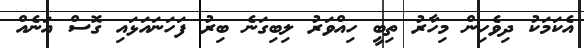
އެކަމަކު ދިވެހިން މިހާރު ތިބީ ހިއްވަރު ލިބިގަނެ ބިރު ފަހަނައަޅައި ގޮސް އަނެއް